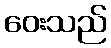
ဝေးသည်